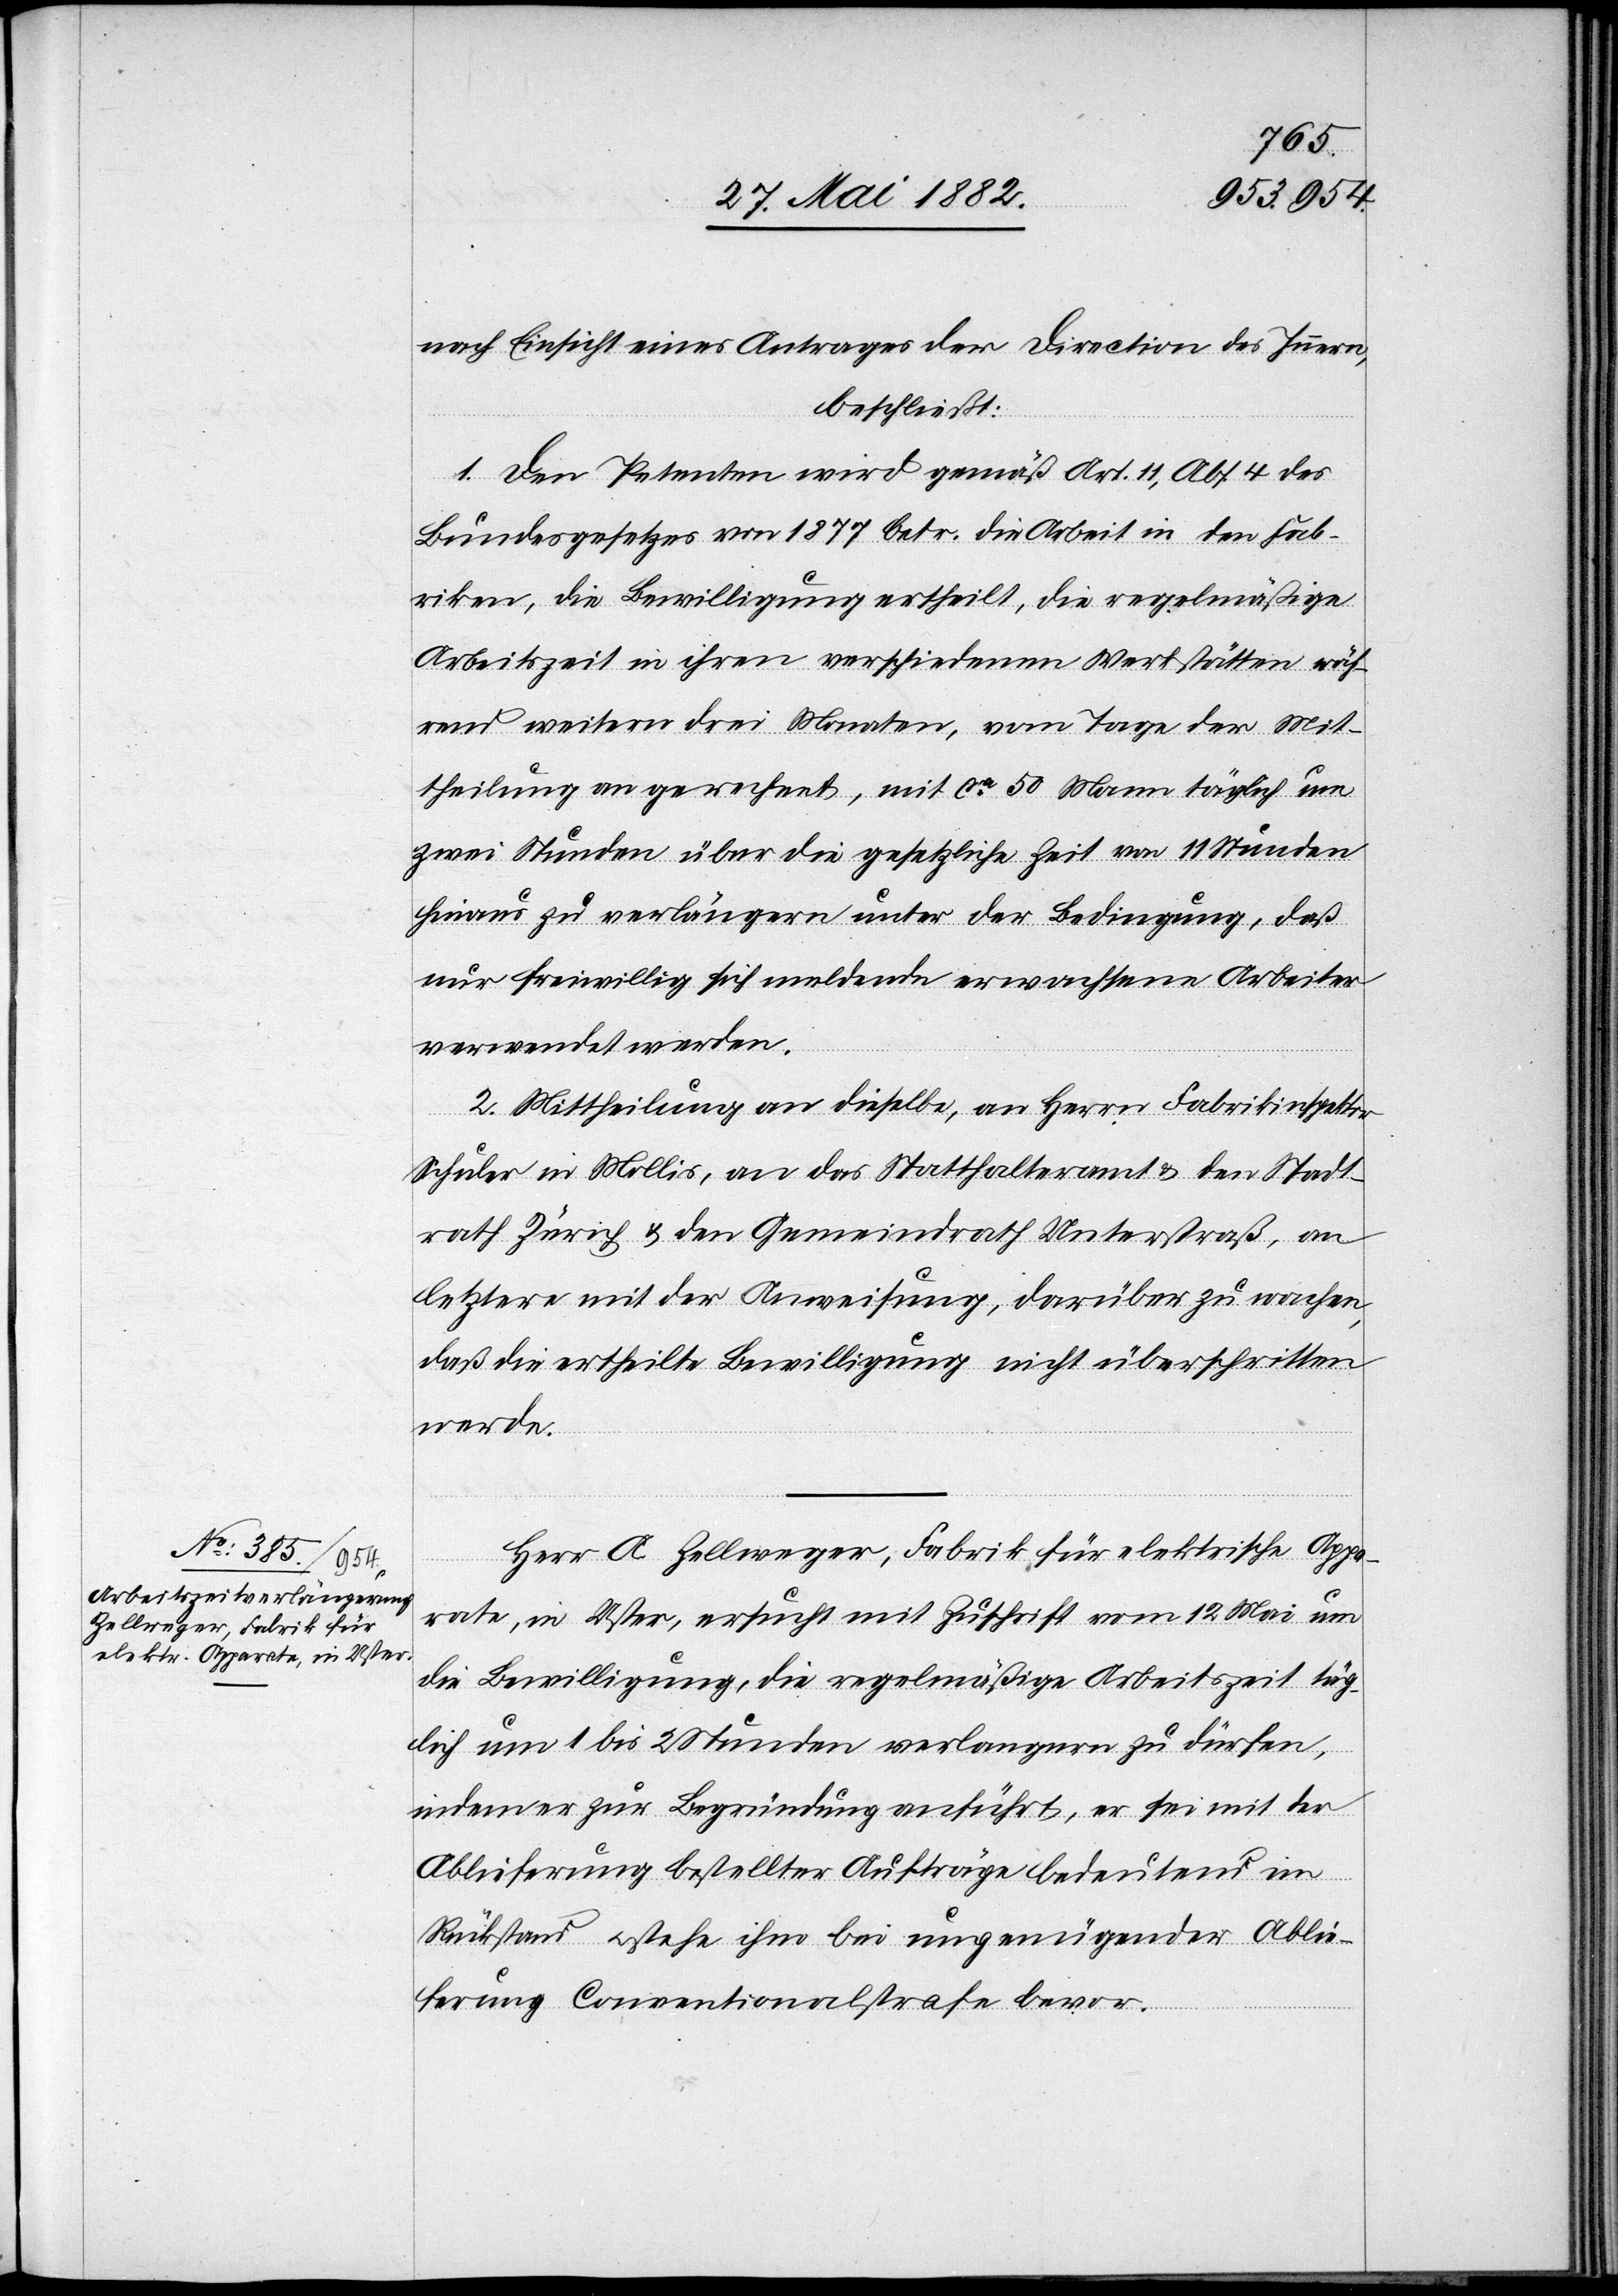
nach Einsicht eines Antrages der Direction des Innern,
beschließt:
1. Den Petenten wird gemäß Art. 11, Abs. 4 des
Bundesgesetzes von 1877 betr. die Arbeit in den Fab¬
riken, die Bewilligung ertheilt, die regelmäßige
Arbeitszeit in ihren verschiedenen Werkstäten wäh¬
rend weiteren drei Monaten, vom Tage der Mit¬
theilung an gerechnet, mit ca 50 Mann täglich um
2 Stunden über die gesetzliche Zeit von 11 Stunden
hinaus zu verlängern, unter der Bedingung, daß
nur freiwillig sich meldende erwachsene Arbeiter
verwendet werden.
2. Mittheilung an dieselbe, an Herrn Fabrikinspektor
Schuler in Mollis, an das Statthalteramt & den Stadt¬
rath Zürich & den Gemeindrath Unterstraß, an
letztere mit der Anweisung, darüber zu wachen,
daß die ertheilte Bewilligung nicht überschritten
werde.
Herr A. Zellweger, Fabrik für elektrische Appa¬
rate, in Uster, ersucht mit Zuschrift vom 12. Mai um
die Bewilligung, die regelmäßige Arbeitszeit täg¬
lich um 1 bis 2 Stunden verlängern zu dürfen,
indem er zur Begründung anführt, er sei mit der
Ablieferung bestellter Aufträge bedeutend im
Rückstand u. stehe ihm bei ungenügender Ablie¬
ferung Conventionalstrafe bevor.